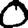
Digit: 0